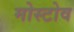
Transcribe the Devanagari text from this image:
मोस्टोव